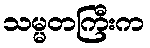
သမ္မတကြီးက